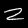
Digit: 2